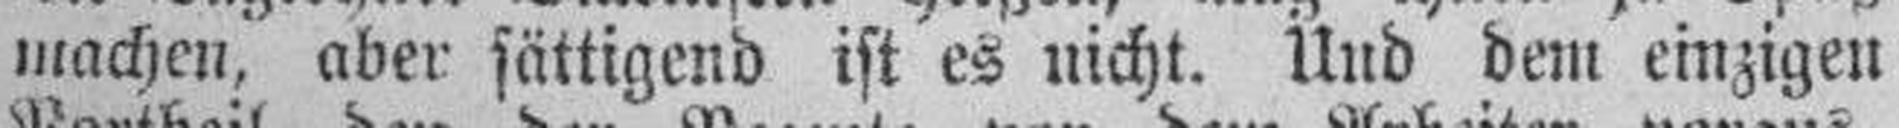
machen, aber sättigend ist es nicht. Und dem einzigen